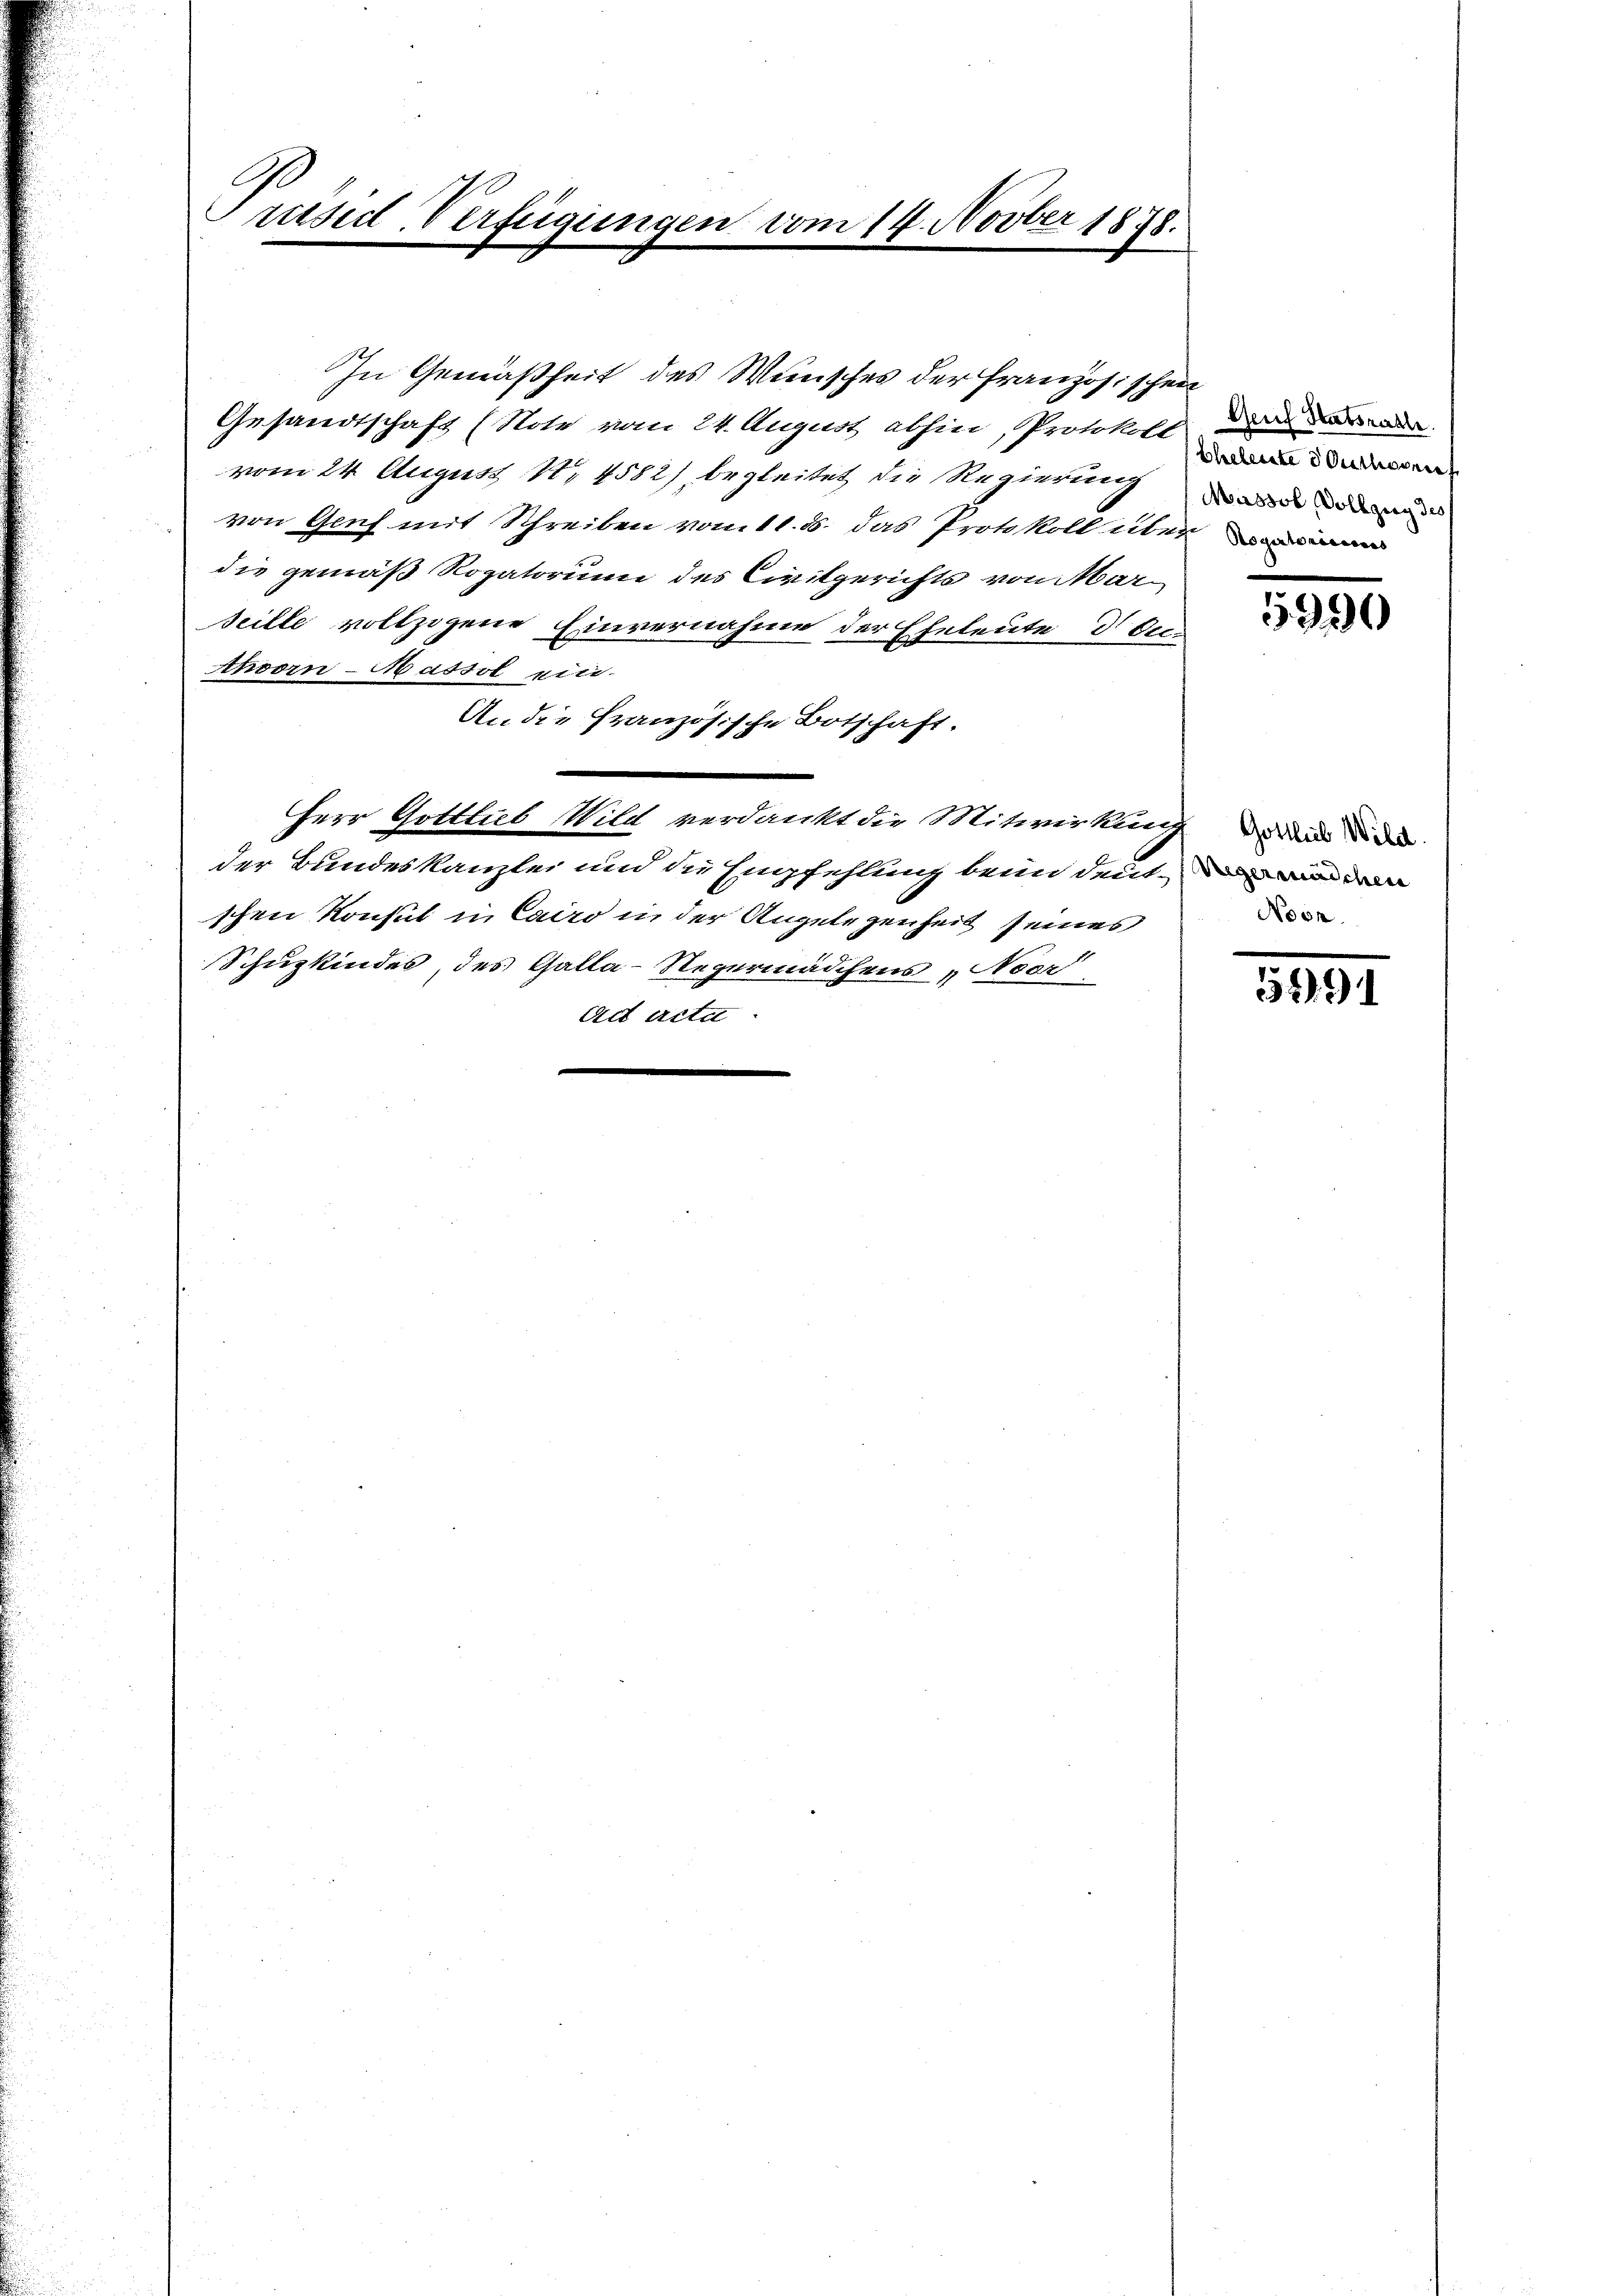
rused-Verfügungen vom 14. Novber 1878.

In Gemäßheit des Wunsches der Französischen
Gesandtschaft (Note vom 24. August abhin, Protokoll der der wir
vom 24. August No 4582), begleitet die Regierung
von Genf mit Schreiben vom 11. ds. das Protokoll über
die gemäß Rogatorium des Civilgerichts von Marseille vollzogene Einvernahme der Eheleute des
Ahoorn- Massol ein.
An die Französische Botschaft.
Herr Gottlieb Wild verdankt die Mitwirkung de
der Bundeskanzlei und die Empfehlung beim deutschen Konsul in Cairo in der Angelegenheit seines
Schulkindes, des Galla-Regermädchens Noer
Act actat

Eheleute Authonief
Massol, Vollzug des

950

Negermaschen
Noon.

5291